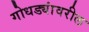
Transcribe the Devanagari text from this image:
गोधड्यांवरील